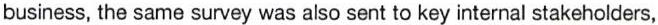
business, the same survey was also sent to key internal stakeholders,